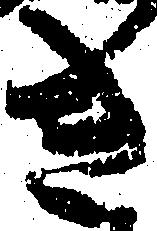
き